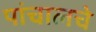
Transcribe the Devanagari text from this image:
पांचालचे